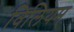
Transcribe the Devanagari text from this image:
विलियम्